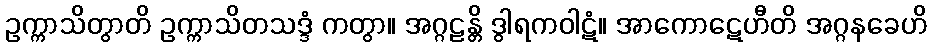
ဥက္ကာသိတွာတိ ဥက္ကာသိတသဒ္ဒံ ကတွာ။ အဂ္ဂဠန္တိ ဒွါရကဝါဋံ။ အာကောဋေဟီတိ အဂ္ဂနခေဟိ